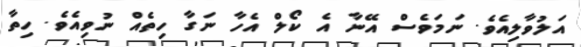
އަލުވާލިއެވެ. ނަމަވެސް އޭނާ އެ ކޯލް އެހާ ނަގާ ހިތެއް ނުވިއެވެ. ހިތާ